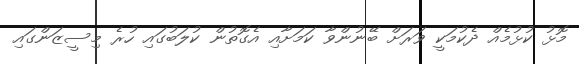
މޮޅު ކުޅުމެއް ދެކުމަކީ ވަރަށް ބޭނުންވާ ކަމަށާއި އެގޮތުން ކުލަބުގައި ހުރެ މިސީޒަންގައި